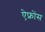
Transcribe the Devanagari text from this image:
ऐफ्रोंस